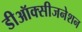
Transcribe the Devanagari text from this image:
डीऑक्सीजनेशन